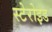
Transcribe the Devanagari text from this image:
स्टेरोइड